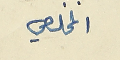
المخلصي